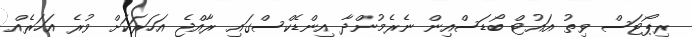
ރިޕޯޓަސް ވިތު އައުޓް ބޯޑަސްއިން ނެރެމުންދާ އިންޑެކްސްގައި ރާއްޖެ އަހަރަކަށް ވުރެ އަހަރެއް